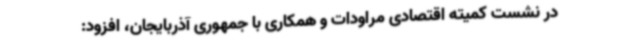
در نشست کمیته اقتصادی مراودات و همکاری با جمهوری آذربایجان، افزود: